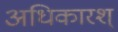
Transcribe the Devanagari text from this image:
अधिकारश्